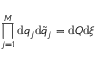
\prod _ { j = 1 } ^ { M } \mathrm { d } q _ { j } \mathrm { d } \tilde { q } _ { j } = \mathrm { d } Q \mathrm { d } \xi